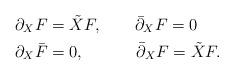
LaTeX: \begin{align*}\partial_{X}F & =\tilde{X}F,\qquad\bar{\partial}_{X}F=0\\\partial_{X}\bar{F} & =0,\quad\qquad\,\bar{\partial}_{X}F=\tilde{X}F.\end{align*}